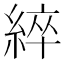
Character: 綷